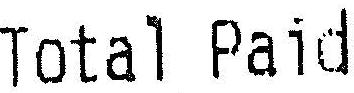
TOTAL PAID